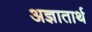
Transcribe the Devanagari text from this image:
अज्ञातार्थ